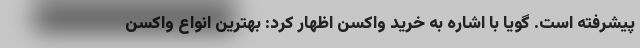
پیشرفته است. گویا با اشاره به خرید واکسن اظهار کرد: بهترین انواع واکسن